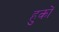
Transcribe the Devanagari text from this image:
हुकों